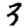
Digit: 3